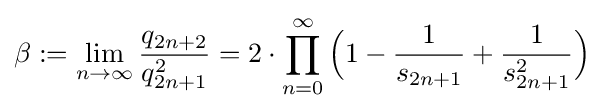
\beta :=\lim _{n\to \infty }{\frac {q_{2n+2}}{q_{2n+1}^{2}}}=2\cdot \prod _{n=0}^{\infty }{\Big (}1-{\frac {1}{s_{2n+1}}}+{\frac {1}{s_{2n+1}^{2}}}{\Big )}